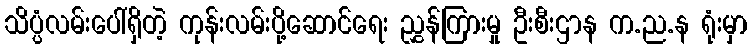
သိပ္ပံလမ်းပေါ်ရှိတဲ့ ကုန်းလမ်းပို့ဆောင်ရေး ညွှန်ကြားမှု ဦးစီးဌာန က.ည.န ရုံးမှာ